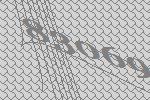
83069